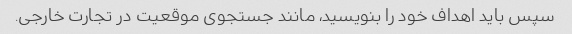
سپس باید اهداف خود را بنویسید، مانند جستجوی موقعیت در تجارت خارجی.